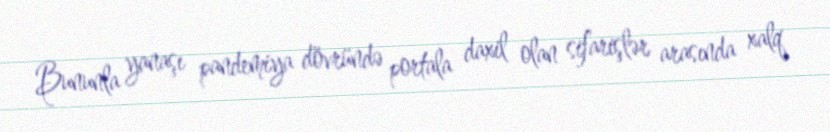
Bununla yanaşı pandemiya dövründə portala daxil olan sifarişlər arasında xalq